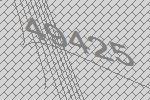
49425